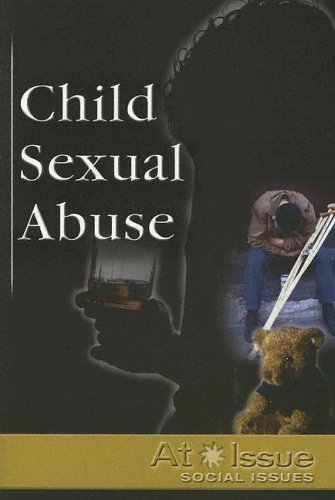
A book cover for Child Sexual Abuse (At Issue); Angela Lewis; Teen & Young Adult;